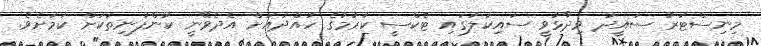
މިނިސްޓަރު ސައީދު ވިދާޅުވީ ސައިކަލުގައި ޓެކްސީ ކުރުމުގެ ހުއްދައަށް އެދެވޭނީ ކުންފުނިތަކަށް ކަމަށެވެ.